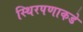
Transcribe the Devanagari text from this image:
स्थिरपणाकडे